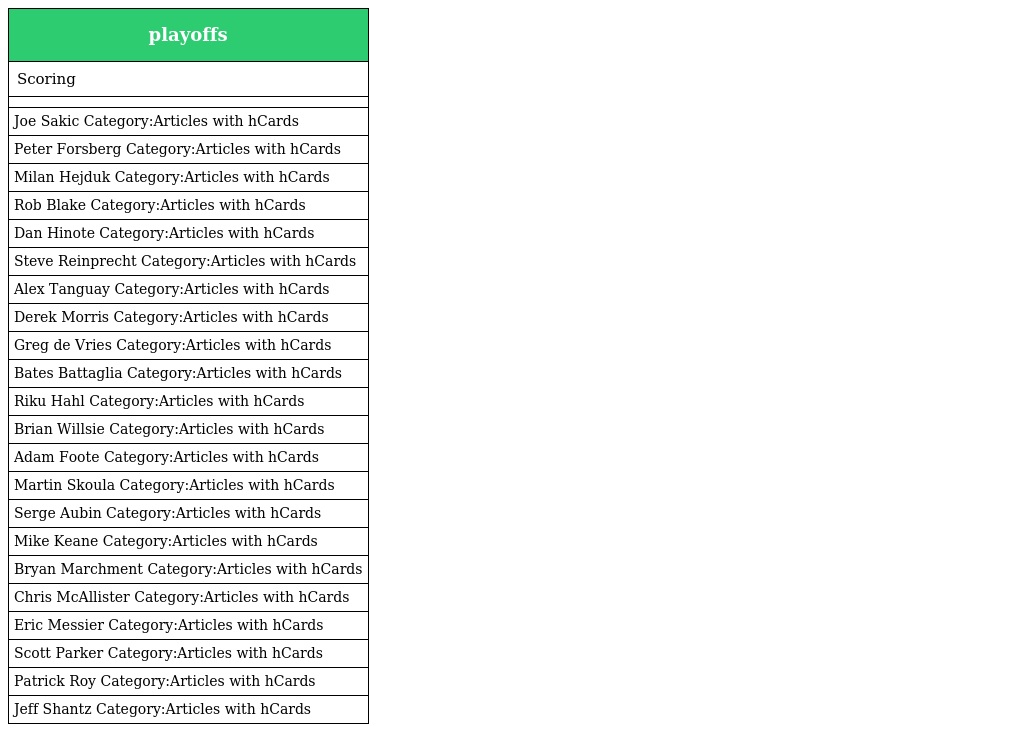
| playoffs |
 | --- |
 | Scoring |
 |  |
 | Joe Sakic Category:Articles with hCards |
 | Peter Forsberg Category:Articles with hCards |
 | Milan Hejduk Category:Articles with hCards |
 | Rob Blake Category:Articles with hCards |
 | Dan Hinote Category:Articles with hCards |
 | Steve Reinprecht Category:Articles with hCards |
 | Alex Tanguay Category:Articles with hCards |
 | Derek Morris Category:Articles with hCards |
 | Greg de Vries Category:Articles with hCards |
 | Bates Battaglia Category:Articles with hCards |
 | Riku Hahl Category:Articles with hCards |
 | Brian Willsie Category:Articles with hCards |
 | Adam Foote Category:Articles with hCards |
 | Martin Skoula Category:Articles with hCards |
 | Serge Aubin Category:Articles with hCards |
 | Mike Keane Category:Articles with hCards |
 | Bryan Marchment Category:Articles with hCards |
 | Chris McAllister Category:Articles with hCards |
 | Eric Messier Category:Articles with hCards |
 | Scott Parker Category:Articles with hCards |
 | Patrick Roy Category:Articles with hCards |
 | Jeff Shantz Category:Articles with hCards |